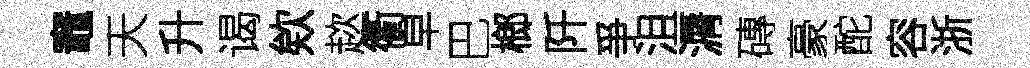
竈天升谒欸趑衢皁巴榔阡爭沮漘磚豪酡容浙